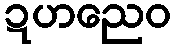
ဍဟညေဝ